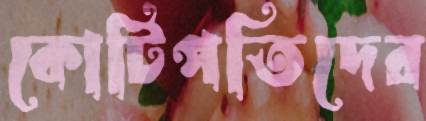
কোটিপতিদের